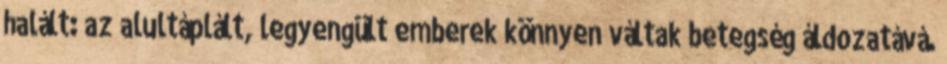
halált: az alultáplált, legyengült emberek könnyen váltak betegség áldozatává.